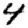
Digit: 4